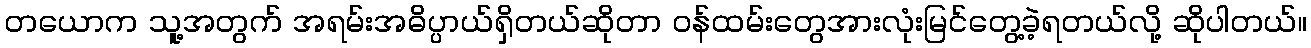
တယောက သူ့အတွက် အရမ်းအဓိပ္ပာယ်ရှိတယ်ဆိုတာ ဝန်ထမ်းတွေအားလုံးမြင်တွေ့ခဲ့ရတယ်လို့ ဆိုပါတယ်။